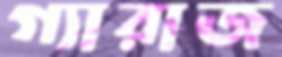
গ্যারাজ